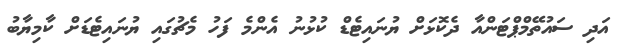
އަދި ސައުތޭމްޕްޓަންއާ ދެކޮޅަށް ޔުނައިޓެޑް ކުޅުނު އެންމެ ފަހު މެޗުގައި ޔުނައިޓެޑަށް ކާމިޔާބު